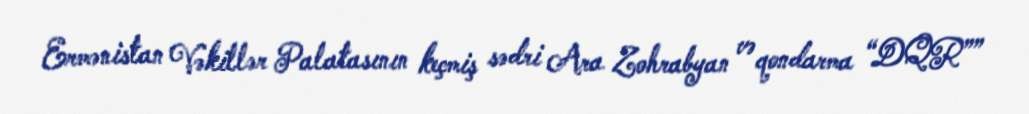
Ermənistan Vəkillər Palatasının keçmiş sədri Ara Zohrabyan və qondarma “DQR””